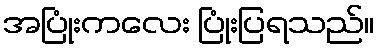
အပြုံးကလေး ပြုံးပြရသည်။